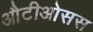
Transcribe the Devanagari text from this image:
औटीओसस